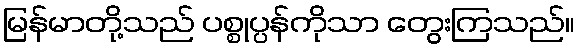
မြန်မာတို့သည် ပစ္စုပ္ပန်ကိုသာ တွေးကြသည်။